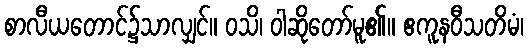
စာလီယတောင်၌သာလျှင်။ ဝသိ၊ ဝါဆိုတော်မူ၏။ ဧကူနဝီသတိမံ၊